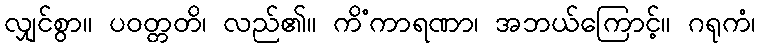
လျှင်စွာ။ ပဝတ္တတိ၊ လည်၏။ ကိံကာရဏာ၊ အဘယ်ကြောင့်။ ဂရုကံ၊